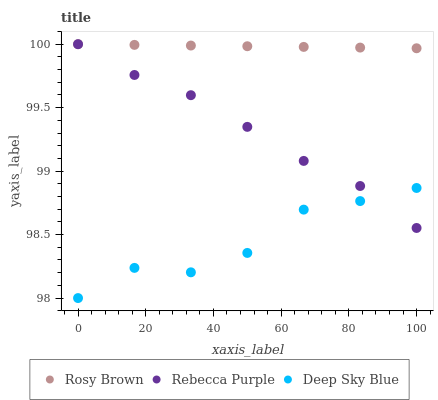
| xaxis_label | Rosy Brown | Rebecca Purple | Deep Sky Blue |
 | --- | --- | --- | --- |
 | 0 | 100 | 100 | 98 |
 | 16.7 | 100 | 99.8 | 98.2 |
 | 33.3 | 100 | 99.6 | 98.2 |
 | 50 | 100 | 99.3 | 98.4 |
 | 66.7 | 100 | 99.1 | 98.7 |
 | 83.3 | 100 | 98.9 | 98.8 |
 | 100 | 100 | 98.6 | 98.9 |